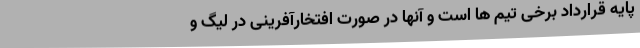
پایه قرارداد برخی تیم ها است و آنها در صورت افتخارآفرینی در لیگ و